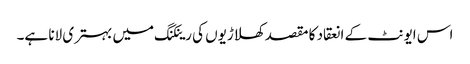
اس ایونٹ کے انعقاد کا مقصد کھلاڑیوں کی رینکنگ میں بہتری لانا ہے۔